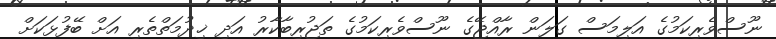
ނޫސްވެރިކަމުގެ އަލިމަސް ގަލަން ރާއްޖޭގެ ނޫސްވެރިކަމުގެ ތަޖުރިބާކާރު އަދި ޚިދުމަތްތެރި އަށް ބޭފުޅަކަށް